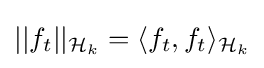
{\textstyle ||f_{t}||_{{\mathcal {H}}_{k}}=\langle f_{t},f_{t}\rangle _{{\mathcal {H}}_{k}}}